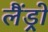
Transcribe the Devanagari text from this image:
लैंड्रो